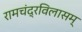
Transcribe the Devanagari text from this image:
रामचंद्रविलासम्